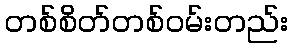
တစ်စိတ်တစ်ဝမ်းတည်း